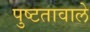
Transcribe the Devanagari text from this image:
पुष्टतावाले